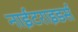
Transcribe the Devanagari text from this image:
नाईटराइडर्स